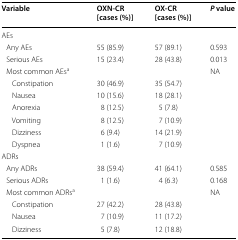
<table><thead><tr><td><b>Variable</b></td><td><b>OXN-CR [cases (%)]</b></td><td><b>OX-CR [cases (%)]</b></td><td><b><i>P</i> value</b></td></tr></thead><tbody><tr><td colspan="4">AEs</td></tr><tr><td> Any AEs</td><td>55 (85.9)</td><td>57 (89.1)</td><td>0.593</td></tr><tr><td> Serious AEs</td><td>15 (23.4)</td><td>28 (43.8)</td><td>0.013</td></tr><tr><td> Most common AEs<sup>a</sup></td><td></td><td></td><td>NA</td></tr><tr><td>Constipation</td><td>30 (46.9)</td><td>35 (54.7)</td><td></td></tr><tr><td>Nausea</td><td>10 (15.6)</td><td>18 (28.1)</td><td></td></tr><tr><td>Anorexia</td><td>8 (12.5)</td><td>5 (7.8)</td><td></td></tr><tr><td>Vomiting</td><td>8 (12.5)</td><td>7 (10.9)</td><td></td></tr><tr><td>Dizziness</td><td>6 (9.4)</td><td>14 (21.9)</td><td></td></tr><tr><td>Dyspnea</td><td>1 (1.6)</td><td>7 (10.9)</td><td></td></tr><tr><td colspan="4">ADRs</td></tr><tr><td> Any ADRs</td><td>38 (59.4)</td><td>41 (64.1)</td><td>0.585</td></tr><tr><td> Serious ADRs</td><td>1 (1.6)</td><td>4 (6.3)</td><td>0.168</td></tr><tr><td> Most common ADRs<sup>a</sup></td><td></td><td></td><td>NA</td></tr><tr><td>Constipation</td><td>27 (42.2)</td><td>28 (43.8)</td><td></td></tr><tr><td>Nausea</td><td>7 (10.9)</td><td>11 (17.2)</td><td></td></tr><tr><td>Dizziness</td><td>5 (7.8)</td><td>12 (18.8)</td><td></td></tr></tbody></table>